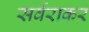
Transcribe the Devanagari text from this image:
सर्वराकर